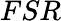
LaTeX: FSR